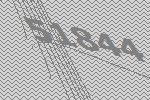
51844